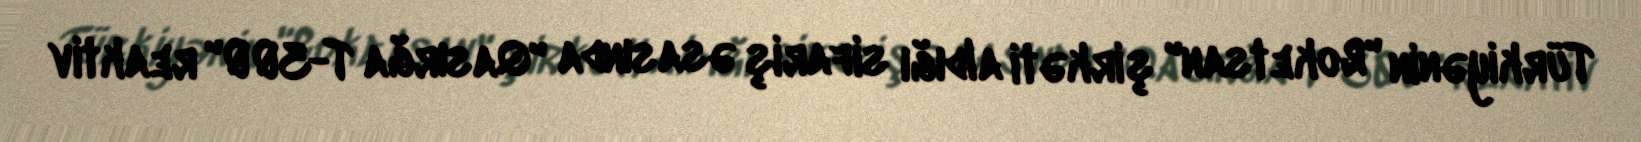
Türkiyənin "Roketsan" şirkəti aldığı sifariş əsasında "Qasırğa T-300" reaktiv